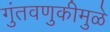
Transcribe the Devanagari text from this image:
गुंतवणुकीमुळे